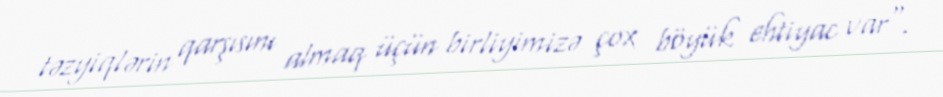
təzyiqlərin qarşısını almaq üçün birliyimizə çox böyük ehtiyac var".